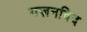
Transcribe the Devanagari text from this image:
गज़नविद